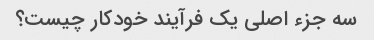
سه جزء اصلی یک فرآیند خودکار چیست؟